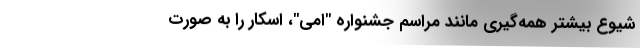
شیوع بیشتر همه‌گیری مانند مراسم جشنواره "اِمی"، اسکار را به صورت